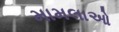
મામલાઓ